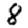
Digit: 8